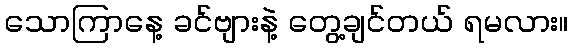
သောကြာနေ့ ခင်ဗျားနဲ့ တွေ့ချင်တယ် ရမလား။